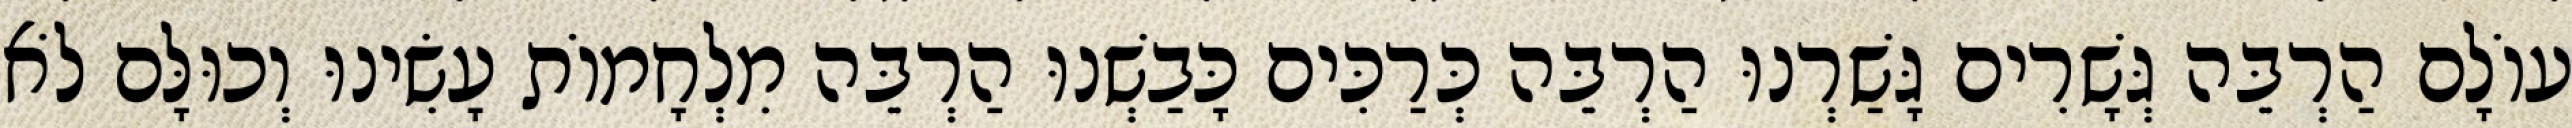
עוֹלָם הַרְבֵּה גְּשָׁרִים גָּשַׁרְנוּ הַרְבֵּה כְּרַכִּים כָּבַשְׁנוּ הַרְבֵּה מִלְחָמוֹת עָשִׂינוּ וְכוּלָּם לֹא